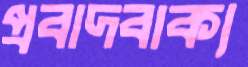
প্রবাদবাক্য